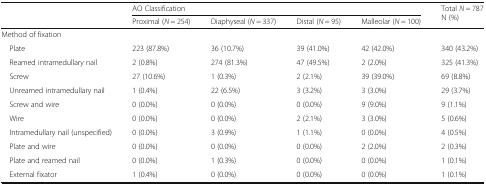
<table><thead><tr><td rowspan="2">[EMPTY_CELL]</td><td colspan="4"><b>AO Classification</b></td><td rowspan="2"><b>Total <i>N</i> = 787 N (%)</b></td></tr><tr><td><b>Proximal (<i>N</i> = 254)</b></td><td><b>Diaphyseal (<i>N</i> = 337)</b></td><td><b>Distal (<i>N</i> = 95)</b></td><td><b>Malleolar (<i>N</i> = 100)</b></td></tr></thead><tbody><tr><td colspan="6">Method of fixation</td></tr><tr><td> Plate</td><td>223 (87.8%)</td><td>36 (10.7%)</td><td>39 (41.0%)</td><td>42 (42.0%)</td><td>340 (43.2%)</td></tr><tr><td> Reamed intramedullary nail</td><td>2 (0.8%)</td><td>274 (81.3%)</td><td>47 (49.5%)</td><td>2 (2.0%)</td><td>325 (41.3%)</td></tr><tr><td> Screw</td><td>27 (10.6%)</td><td>1 (0.3%)</td><td>2 (2.1%)</td><td>39 (39.0%)</td><td>69 (8.8%)</td></tr><tr><td> Unreamed intramedullary nail</td><td>1 (0.4%)</td><td>22 (6.5%)</td><td>3 (3.2%)</td><td>3 (3.0%)</td><td>29 (3.7%)</td></tr><tr><td> Screw and wire</td><td>0 (0.0%)</td><td>0 (0.0%)</td><td>0 (0.0%)</td><td>9 (9.0%)</td><td>9 (1.1%)</td></tr><tr><td> Wire</td><td>0 (0.0%)</td><td>0 (0.0%)</td><td>2 (2.1%)</td><td>3 (3.0%)</td><td>5 (0.6%)</td></tr><tr><td> Intramedullary nail (unspecified)</td><td>0 (0.0%)</td><td>3 (0.9%)</td><td>1 (1.1%)</td><td>0 (0.0%)</td><td>4 (0.5%)</td></tr><tr><td> Plate and wire</td><td>0 (0.0%)</td><td>0 (0.0%)</td><td>0 (0.0%)</td><td>2 (2.0%)</td><td>2 (0.3%)</td></tr><tr><td> Plate and reamed nail</td><td>0 (0.0%)</td><td>1 (0.3%)</td><td>0 (0.0%)</td><td>0 (0.0%)</td><td>1 (0.1%)</td></tr><tr><td> External fixator</td><td>1 (0.4%)</td><td>0 (0.0%)</td><td>0 (0.0%)</td><td>0 (0.0%)</td><td>1 (0.1%)</td></tr></tbody></table>